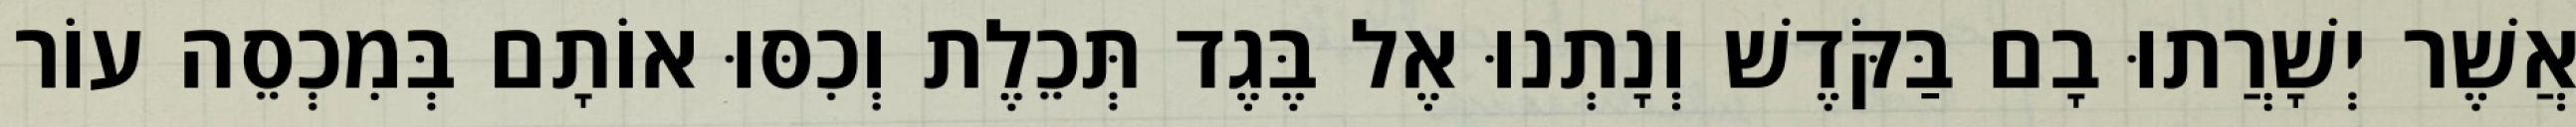
אֲשֶׁר יְשָׁרֲתוּ בָם בַּקֹּדֶשׁ וְנָתְנוּ אֶל בֶּגֶד תְּכֵלֶת וְכִסּוּ אוֹתָם בְּמִכְסֵה עוֹר